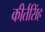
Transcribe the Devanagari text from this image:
कीर्तसिंह